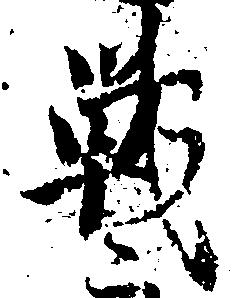
戦